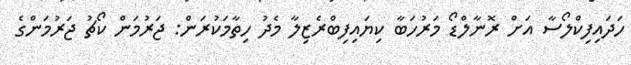
ހަދައިފިކްލޯސާ އަށް ރޮނާލްޑޯ މަރުހަބާ ކިޔައިފިބްރެޒިލާ މެދު ހިތާމަކުރަން: ޖަރުމަން ކޯޗު ޖަރުމަންގެ